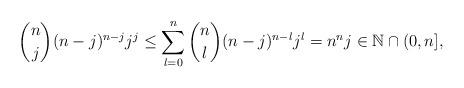
LaTeX: \begin{align*}{n\choose j}(n-j)^{n-j}j^j\leq\sum_{l=0}^n{n\choose l}(n-j)^{n-l}j^l= n^nj\in\mathbb{N}\cap(0,n],\end{align*}